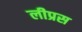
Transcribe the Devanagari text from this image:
लीप्रस